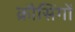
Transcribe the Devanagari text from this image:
क्रौसिंगों